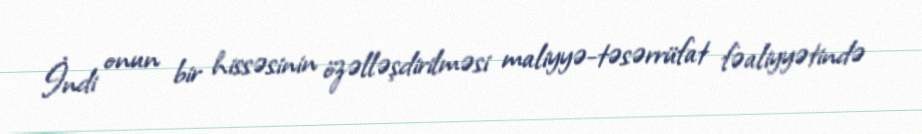
İndi onun bir hissəsinin özəlləşdirilməsi maliyyə-təsərrüfat fəaliyyətində